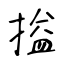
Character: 搤